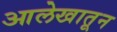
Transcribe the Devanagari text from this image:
आलेखातून